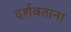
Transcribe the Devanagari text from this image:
दर्शवताना